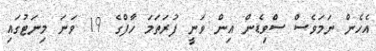
އެހެން ނަމަވެސް ސްވިޑެން އިން ވަނީ ފުރަތަމަ ހާފްގެ 19 ވަނަ މިނަޓުގައި